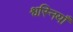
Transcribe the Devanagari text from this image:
श्वस्नियाँ